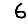
Digit: 6